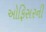
ઓફિસરની